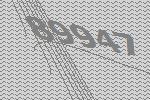
89947